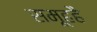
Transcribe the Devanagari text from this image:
समूहहै